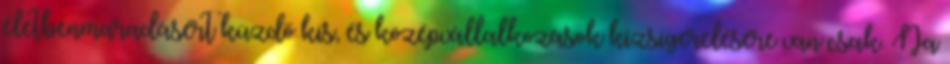
életbenmaradásért küzdő kis, és középvállalkozások kizsigerelésére van csak. Na